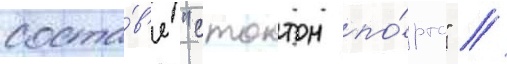
соста́в'е "стоктон по́ртс" //